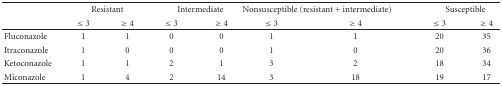
|  | <COLSPAN=2> Resistant | <COLSPAN=2> Intermediate | <COLSPAN=2> Nonsusceptible (resistant + intermediate) | <COLSPAN=2> Susceptible |
 |  | ≤3 | ≥4 | ≤3 | ≥4 | ≤3 | ≥4 | ≤3 | ≥4 |
 | --- | --- | --- | --- | --- | --- | --- | --- | --- |
 | Fluconazole | 1 | 1 | 0 | 0 | 1 | 1 | 20 | 35 |
 | Itraconazole | 1 | 0 | 0 | 0 | 1 | 0 | 20 | 36 |
 | Ketoconazole | 1 | 1 | 2 | 1 | 3 | 2 | 18 | 34 |
 | Miconazole | 1 | 4 | 2 | 14 | 3 | 18 | 19 | 17 |